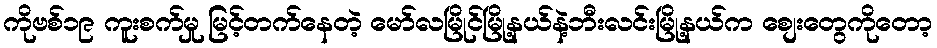
ကိုဗစ်၁၉ ကူးစက်မှု မြင့်တက်နေတဲ့ မော်လမြိုင်မြို့နယ်နဲ့ဘီးလင်းမြို့နယ်က စျေးတွေကိုတော့